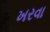
ખરવા